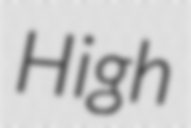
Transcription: High